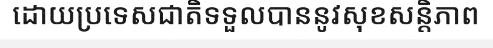
ដោយប្រទេសជាតិទទួលបាននូវសុខសន្តិភាព